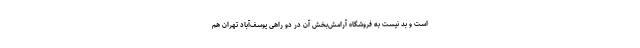
است و بد نیست به فروشگاه آرامش‌بخش آن در دو راهی یوسف‌آباد تهران هم